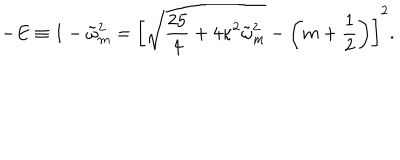
- E \equiv 1 - \tilde { \omega } _ { m } ^ { 2 } = \left[ \sqrt { \frac { 2 5 } { 4 } + 4 \kappa ^ { 2 } \tilde { \omega } _ { m } ^ { 2 } } - \left( m + \frac 1 2 \right) \right] ^ { 2 } .